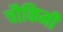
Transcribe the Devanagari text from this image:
चौकिमी